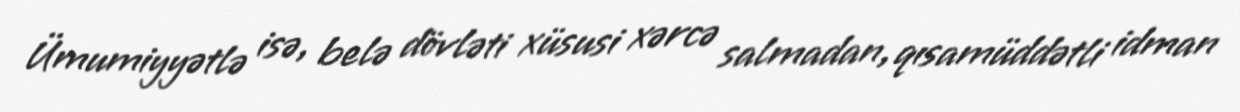
Ümumiyyətlə isə, belə dövləti xüsusi xərcə salmadan, qısamüddətli idman